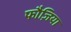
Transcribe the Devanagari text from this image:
फौज़िया